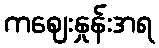
ကဈေးနှုန်းအရ